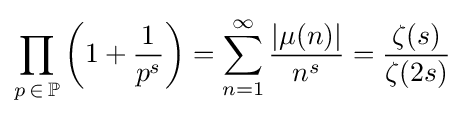
\prod _{p\,\in \,\mathbb {P} }\left(1+{\frac {1}{p^{s}}}\right)=\sum _{n=1}^{\infty }{\frac {|\mu (n)|}{n^{s}}}={\frac {\zeta (s)}{\zeta (2s)}}